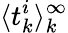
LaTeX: \langle t_{k}^{i}\rangle_{k}^{\infty}